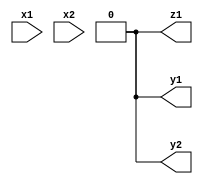
module async_seq(
    input x1,x2,
    output y1,y2,z1
);

wire net1,net2,net3;
assign net1 = 0;
assign net2 = 0;
assign net3 = 0;

or(net1, ~x2, y2);
or(net2, y1, x2);
or(net3, x2, ~y1);

and(y1, x1, net1, net2);
and(y2, x1, net1, net3);
and(z1, x2, ~y2);


endmodule